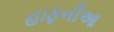
હાફનીઆ